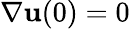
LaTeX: \nabla{\mathbf u}(0)=0